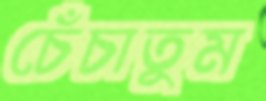
চেঁচাতুম